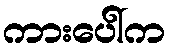
ကားပေါ်က